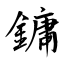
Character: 鏞